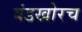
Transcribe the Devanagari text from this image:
बंडखोरच